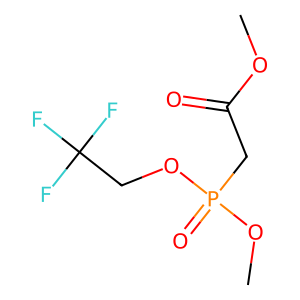
SMILES: COC(=O)CP(=O)(OC)OCC(F)(F)F
Inhibits HIV replication: No